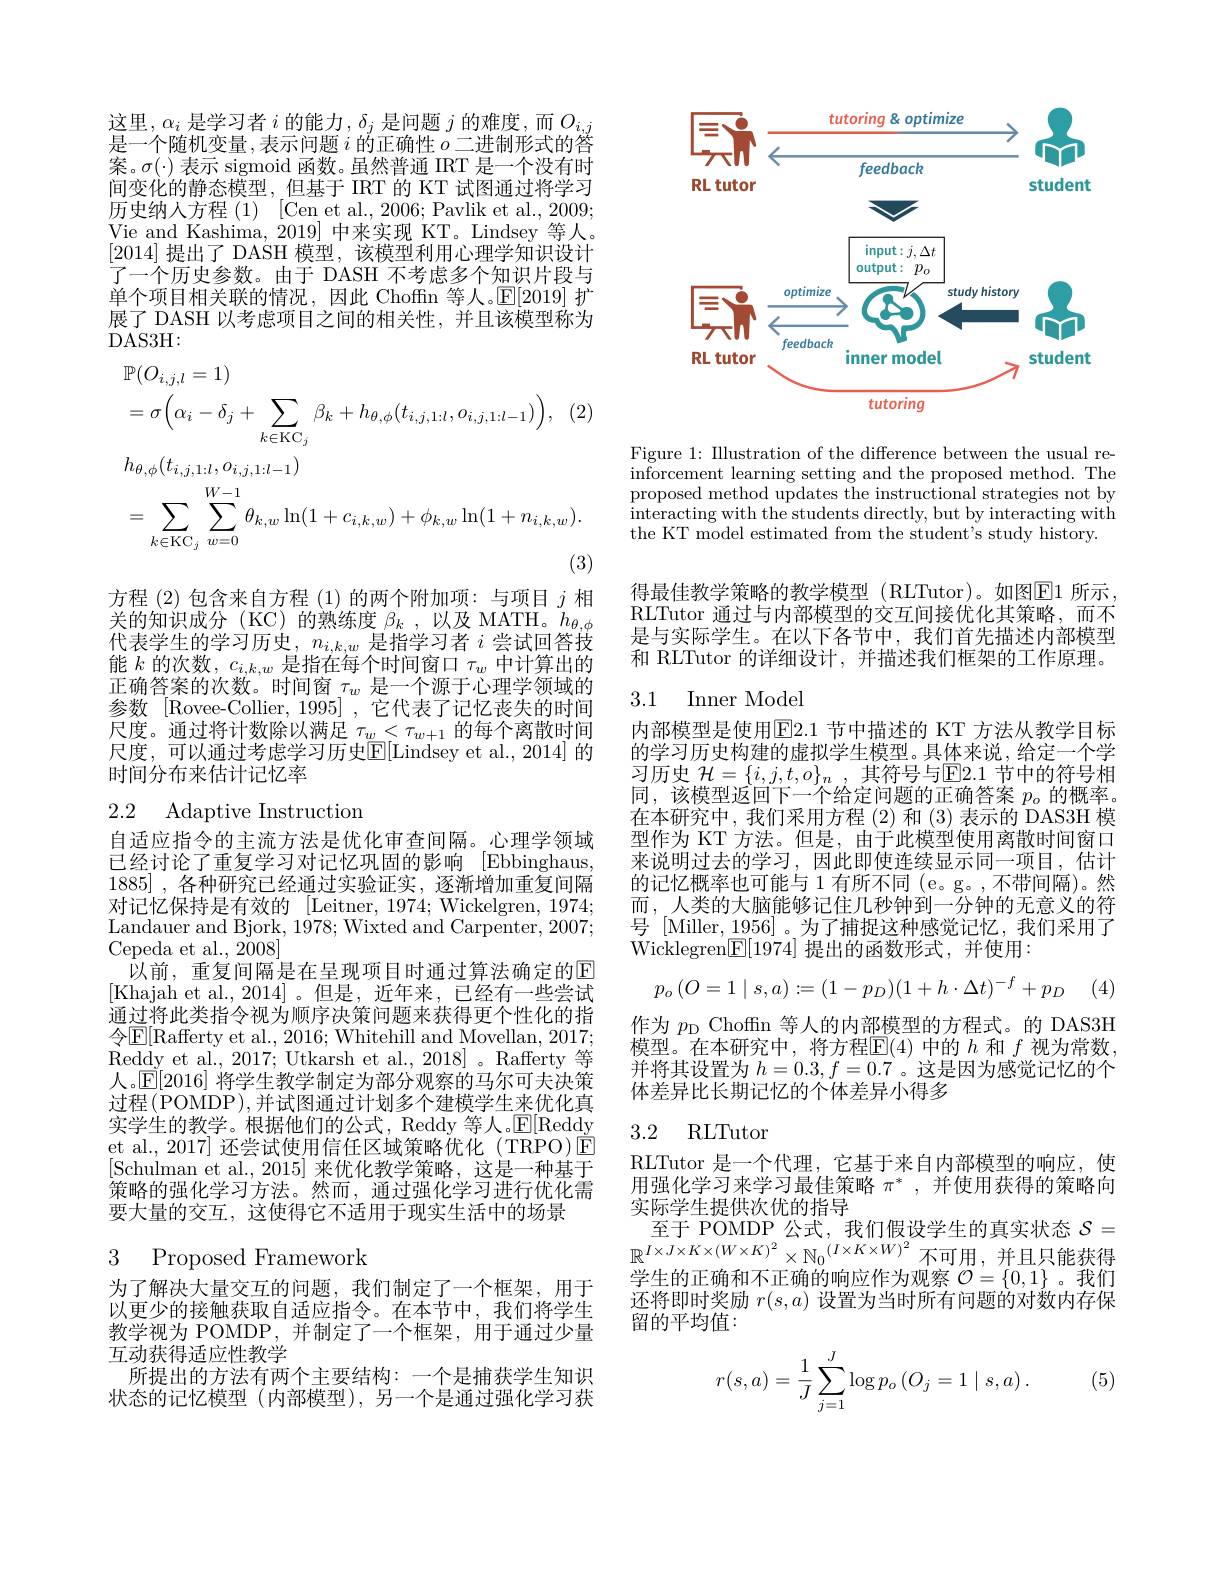
这里$,\alpha_i$是学习者$i$的能力$,\delta_j$是问题$j$的难度，而$O_i,j$ 是一个随机变量，表示问题$i$的正确性$o$二进制形式的答案。$\sigma(\cdot)$表示 sigmoid 函数。虽然普通 IRT 是一个没有时间变化的静态模型，但基于 IRT 的 KT 试图通过将学习历史纳人方程 (1) [Cen et al., 2006; Pavlik et al., 2009; Vie and Kashima, 2019] 中来实现 KT。Lindsey 等人。[2014]提出了 DASH 模型，该模型利用心理学知识设计了一个历史参数。由于 DASH 不考虑多个知识片段与单个项目相关联的情况，因此 Choffn 等人。$\mathbb{E}[2019]$扩展了 DASH 以考虑项目之间的相关性，并且该模型称为DAS3H:
$$\begin{aligned}&\mathbb{P}(O_{i,j,l}=1)\\&=\sigma\Big(\alpha_{i}-\delta_{j}+\sum_{k\in\mathrm{KC}_{j}}\beta_{k}+h_{\theta,\phi}(t_{i,j,1:l},o_{i,j,1:l-1})\Big),\quad(2)\\&h_{\theta,\phi}(t_{i,j,1:l},o_{i,j,1:l-1})\\&=\sum_{k\in\mathrm{KC}_{j}}\sum_{w=0}^{W-1}\theta_{k,w}\ln(1+c_{i,k,w})+\phi_{k,w}\ln(1+n_{i,k,w}).\end{aligned}$$
方程 (2)包含来自方程 (1)的两个附加项：与项目$j$相关的知识成分 (KC) 的熟练度$\beta _k$ ,以及 MATH。$h_\theta,\phi$ 代表学生的学习历史，$n_i,k,w$是指学习者$i$尝试回答技能$k$的次数$,c_i,k,w$是指在每个时间窗口$\tau_w$中计算出的正确答案的次数。时间窗$\tau_w$是一个源于心理学领域的参数 [Rovee-Collier,1995] ,它代表了记忆丧失的时间尺度。通过将计数除以满足$\tau_w<\tau_{w+1}$的每个离散时间尺度，可以通过考虑学习历史$\mathbb{E}[$Lindsey et al.,2014]的时间分布来估计记忆率

# 2.2 Adaptive Instruction

自适应指令的主流方法是优化审查间隔。心理学领域已经讨论了重复学习对记忆巩固的影响 [Ebbinghaus, 1885] , $各 种 研 究 已 经 通 过 实 验 证 实 $, 逐渐增加重复间隔对记忆保持是有效的 [Leitner,1974;Wickelgren,1974; Landauer and Bjork, 1978; Wixted and Carpenter, 2007; Cepeda et al., 2008]
以前，重复间隔是在呈现项目时通过算法确定的$\overline{\Gamma}$ [Khajah et al.,2014]。但是，近年来，已经有一些尝试通过将此类指令视为顺序决策问题来获得更个性化的指令$\mathbb{E}[$Rafferty et al., 2016; Whitehill and Movellan, 2017; Reddy et al., 2017; Utkarsh et al., 2018]。Rafferty 等人。$\mathbb{E}[2016]$将学生教学制定为部分观察的马尔可夫决策过程(POMDP),并试图通过计划多个建模学生来优化真实学生的教学。根据他们的公式，Reddy 等人。$\mathbb{E}[$Reddy et al., 2017] 还尝试使用信任区域策略优化(TRPO)$\bar{\mathrm{E}}$ [Schulman et al.,2015]来优化教学策略，这是一种基于策略的强化学习方法。然而，通过强化学习进行优化需要大量的交互，这使得它不适用于现实生活中的场景

3 Proposed Framework

为了解决大量交互的问题，我们制定了一个框架，用于以更少的接触获取自适应指令。在本节中，我们将学生教学视为 POMDP,并制定了一个框架，用于通过少量互动获得适应性教学
所提出的方法有两个主要结构：一个是捕获学生知识状态的记忆模型 (内部模型),另一个是通过强化学习获

<FigureHere>

Figure 1: Illustration of the difference between the usual reinforcement learning setting and the proposed method. The proposed method updates the instructional strategies not by interacting with the students directly, but by interacting with the KT model estimated from the student's study history.

得最佳教学策略的教学模型(RLTutor)。如图$\boxed{\mathrm{E}}1$ 所示， RLTutor 通过与内部模型的交互间接优化其策略，而不是与实际学生。在以下各节中，我们首先描述内部模型和 RLTutor 的详细设计，并描述我们框架的工作原理。

## 3.1 Inner Model

内部模型是使用$\boxed{\mathrm{E}}2.1$ 节中描述的 KT 方法从教学目标的学习历史构建的虚拟学生模型。具体来说，给定一个学习历史 $\mathcal{H} = \{ i, j, t, o\} _n$ , 其符号与$\mathbb{E}$2.1 节中的符号相同，该模型返回下一个给定问题的正确答案$p_o$的概率。在本研究中，我们采用方程(2)和(3)表示的 DAS3H 模型作为 KT 方法。但是，由于此模型使用离散时间窗口来说明过去的学习，因此即使连续显示同一项目，估计的记忆概率也可能与 1 有所不同 (e。g。,不带间隔)。然而，人类的大脑能够记住几秒钟到一分钟的无意义的符号[Miller,$\underline1956]$。为了捕捉这种感觉记忆，我们采用了$\dot{\text{Wicklegren}}[\underline{\mathrm{E}}[1974]$提出的函数形式，并使用：
$$p_o\left(O=1\mid s,a\right):=(1-p_D)(1+h\cdot\Delta t)^{-f}+p_D$$
作为$p_{\mathrm{D}}$ Choffn 等人的内部模型的方程式。的 DAS3H 模型。在本研究中，将方程E(4)中的$h$和$f$视为常数， 并将其设置为$h=0.3,f=0.7$ 。这是因为感觉记忆的个体差异比长期记忆的个体差异小得多

3.2 RLTutor

RLTutor 是一个代理，它基于来自内部模型的响应，使用强化学习来学习最佳策略$\pi^*$,并使用获得的策略向实际学生提供次优的指导
至于 POMDP 公式，我们假设学生的真实状态$\mathcal{S}=$
$\mathbb{R}^{I\times J\times K\times(W\times K)^{2}}\times\mathbb{N}_{0}^{(I\times K\times W)^{2}}$不可用，并且只能获得学生的正确和不正确的响应作为观察$\mathcal{O}=\{0,1\}$ 。我们还将即时奖励$r(s,a)$设置为当时所有问题的对数内存保$\bar{\text{留的平均值：}}$

(5)
$$r(s,a)=\dfrac{1}{J}\sum_{j=1}^J\log p_o\left(O_j=1\mid s,a\right).$$